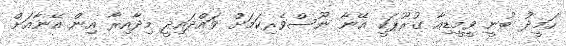
ހަމީދު ބުނީ ވީމީޑިއާ ގުރޫޕަކީ އޭނާ ނޫސްވެރިކަމަށް ވައްދައިދީ މިދާއިރާ އިން އޭނާއަށް